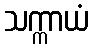
သက္ကာယံ